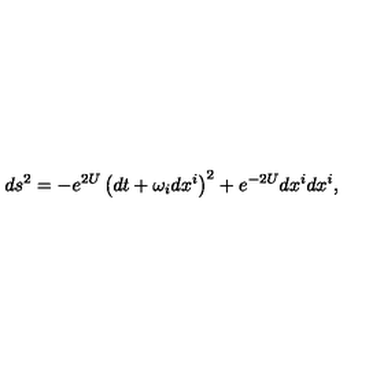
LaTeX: d s ^ { 2 } = - e ^ { 2 U } \left( d t + \omega _ { i } d x ^ { i } \right) ^ { 2 } + e ^ { - 2 U } d x ^ { i } d x ^ { i } ,